Statistics compiled by the Government of India from the reports of provincial Civil Veterinary Departments
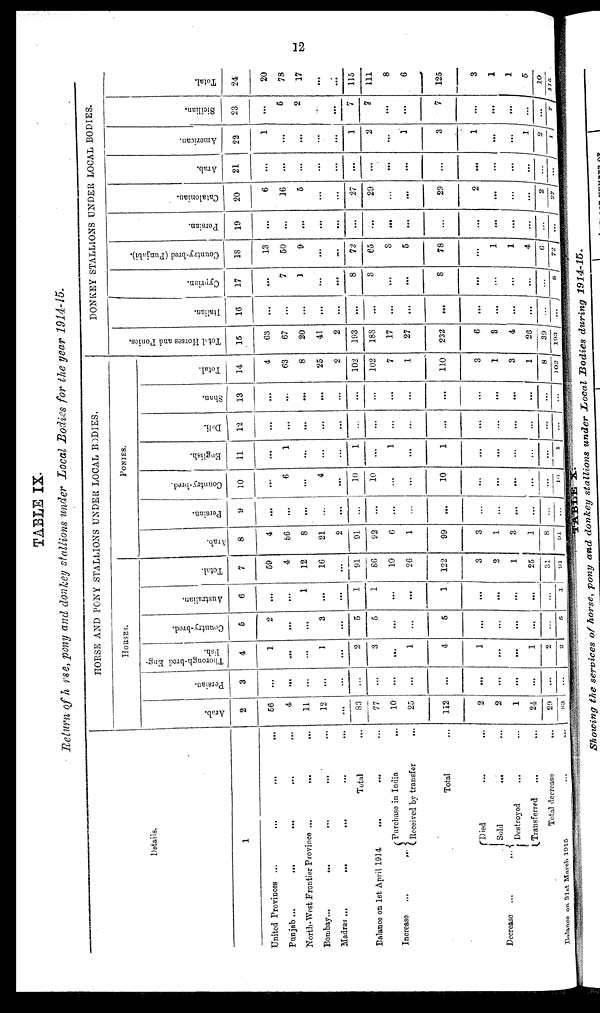
12
TABLE IX.
Return of horse, pony and donkey stallions under Local Bodies for the year 1914-15.
Details.
1
United Provinces ...
...
...
...
Punjab ...
...
...
...
...
North-West Frontier Province ...
...
Bombay...
...
...
...
Madras ...
...
...
Total
Balance on 1st April 1914
...
...
Increase ... ...
Purchase in India
...
Received by transfer
...
Total
Decrease
...
Died ... ...
Sold ... ... ...
Destroyed ... ...
Transferred
...
...
Total
decrease
...
Balance on 31st March 1915 ... ...
HORSE AND PONY STALLIONS UNDER LOCAL BODIES.
HORSES.
Arab.
2
56
4
11
12
...
83
77
10
25
112
2
2
1
24
20
83
Persian.
3
...
...
...
...
...
...
...
...
...
...
...
...
...
...
...
...
Thorough-bred Eng-
lish.
4
1
...
...
1
...
2
3
...
1
4
1
...
...
1
2
2
Country-bred.
5
2
...
...
3
...
5
5
...
...
5
...
...
...
...
...
5
Australian.
6
...
...
1
...
...
1
1
...
...
1
...
...
...
...
...
1
Total.
7
59
4
12
16
...
91
86
10
26
122
3
2
1
25
31
91
PONIES.
Arab.
8
4
56
8
21
2
91
92
6
1
99
3
1
3
1
8
91
Persian.
9
...
...
...
...
...
...
...
...
...
...
...
...
...
...
...
...
Country-bred.
10
...
6
...
4
...
10
10
...
...
10
...
...
...
...
...
10
English.
11
...
1
...
...
...
1
...
1
...
1
...
...
...
...
...
1
Deli.
12
...
...
...
...
...
...
...
...
...
...
...
...
...
...
...
...
Shan.
13
...
...
...
...
...
...
...
...
...
...
...
...
...
...
...
...
Total.
14
4
63
8
25
2
102
102
7
1
110
3
1
3
1
8
102
DONKEY STALLIONS UNDER LOCAL BODIES.
Total Hor s es and Ponies.
15
63
67
20
41
2
193
188
17
27
232
6
8
4
26
39
193
Italian.
16
...
...
...
...
...
...
...
...
...
...
...
...
...
...
...
...
Cypr i
an.
17
...
7
1
...
...
8
8
...
...
8
...
...
...
...
...
8
Count r
y- br e d ( Punj abi ) .
18
13
50
9
...
...
72
65
8
5
78
...
1
1
4
6
72
Per s i
an.
19
...
...
...
...
...
...
...
...
...
...
...
...
...
...
...
...
Cat al oni an.
20
6
16
5
...
...
27
29
...
...
29
2
...
...
...
2
27
Ar ab.
21
...
...
...
...
...
...
...
...
...
...
...
...
...
...
...
...
American.
22
1
...
...
...
...
1
2
...
1
3
1
...
...
1
2
1
Si ci l i an.
23
...
5
2
...
...
7
7
...
...
7
...
...
...
...
...
7
Tot al .
24
20
78
17
...
...
115
111
8
6
125
3
1
1
5
10
116